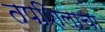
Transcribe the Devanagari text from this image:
तपशिलाचा